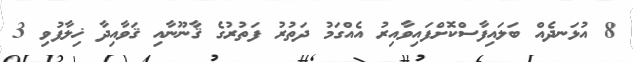
8 އުޅަނދެއް ބަލައިފާސްކޮށްފައިވާއިރު އެއްގަމު ދަތުރު ފަތުރުގެ ޤާނޫނާއި ޤަވާއިދާ ޚިލާފުވި 3